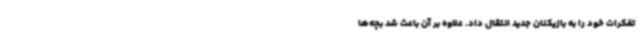
تفکرات خود را به بازیکنان جدید انتقال داد. علاوه بر آن باعث شد بچه‌ها